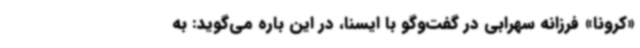
«کرونا» فرزانه سهرابی در گفت‌وگو با ایسنا، در این باره می‌گوید: به